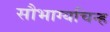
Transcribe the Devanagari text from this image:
सौभाग्यचिन्ह